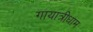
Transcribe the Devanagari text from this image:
गायात्रीधाम